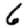
Digit: 6